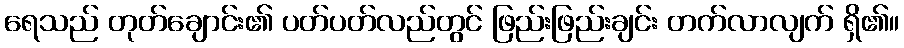
ရေသည် တုတ်ချောင်း၏ ပတ်ပတ်လည်တွင် ဖြည်းဖြည်းချင်း တက်လာလျက် ရှိ၏။